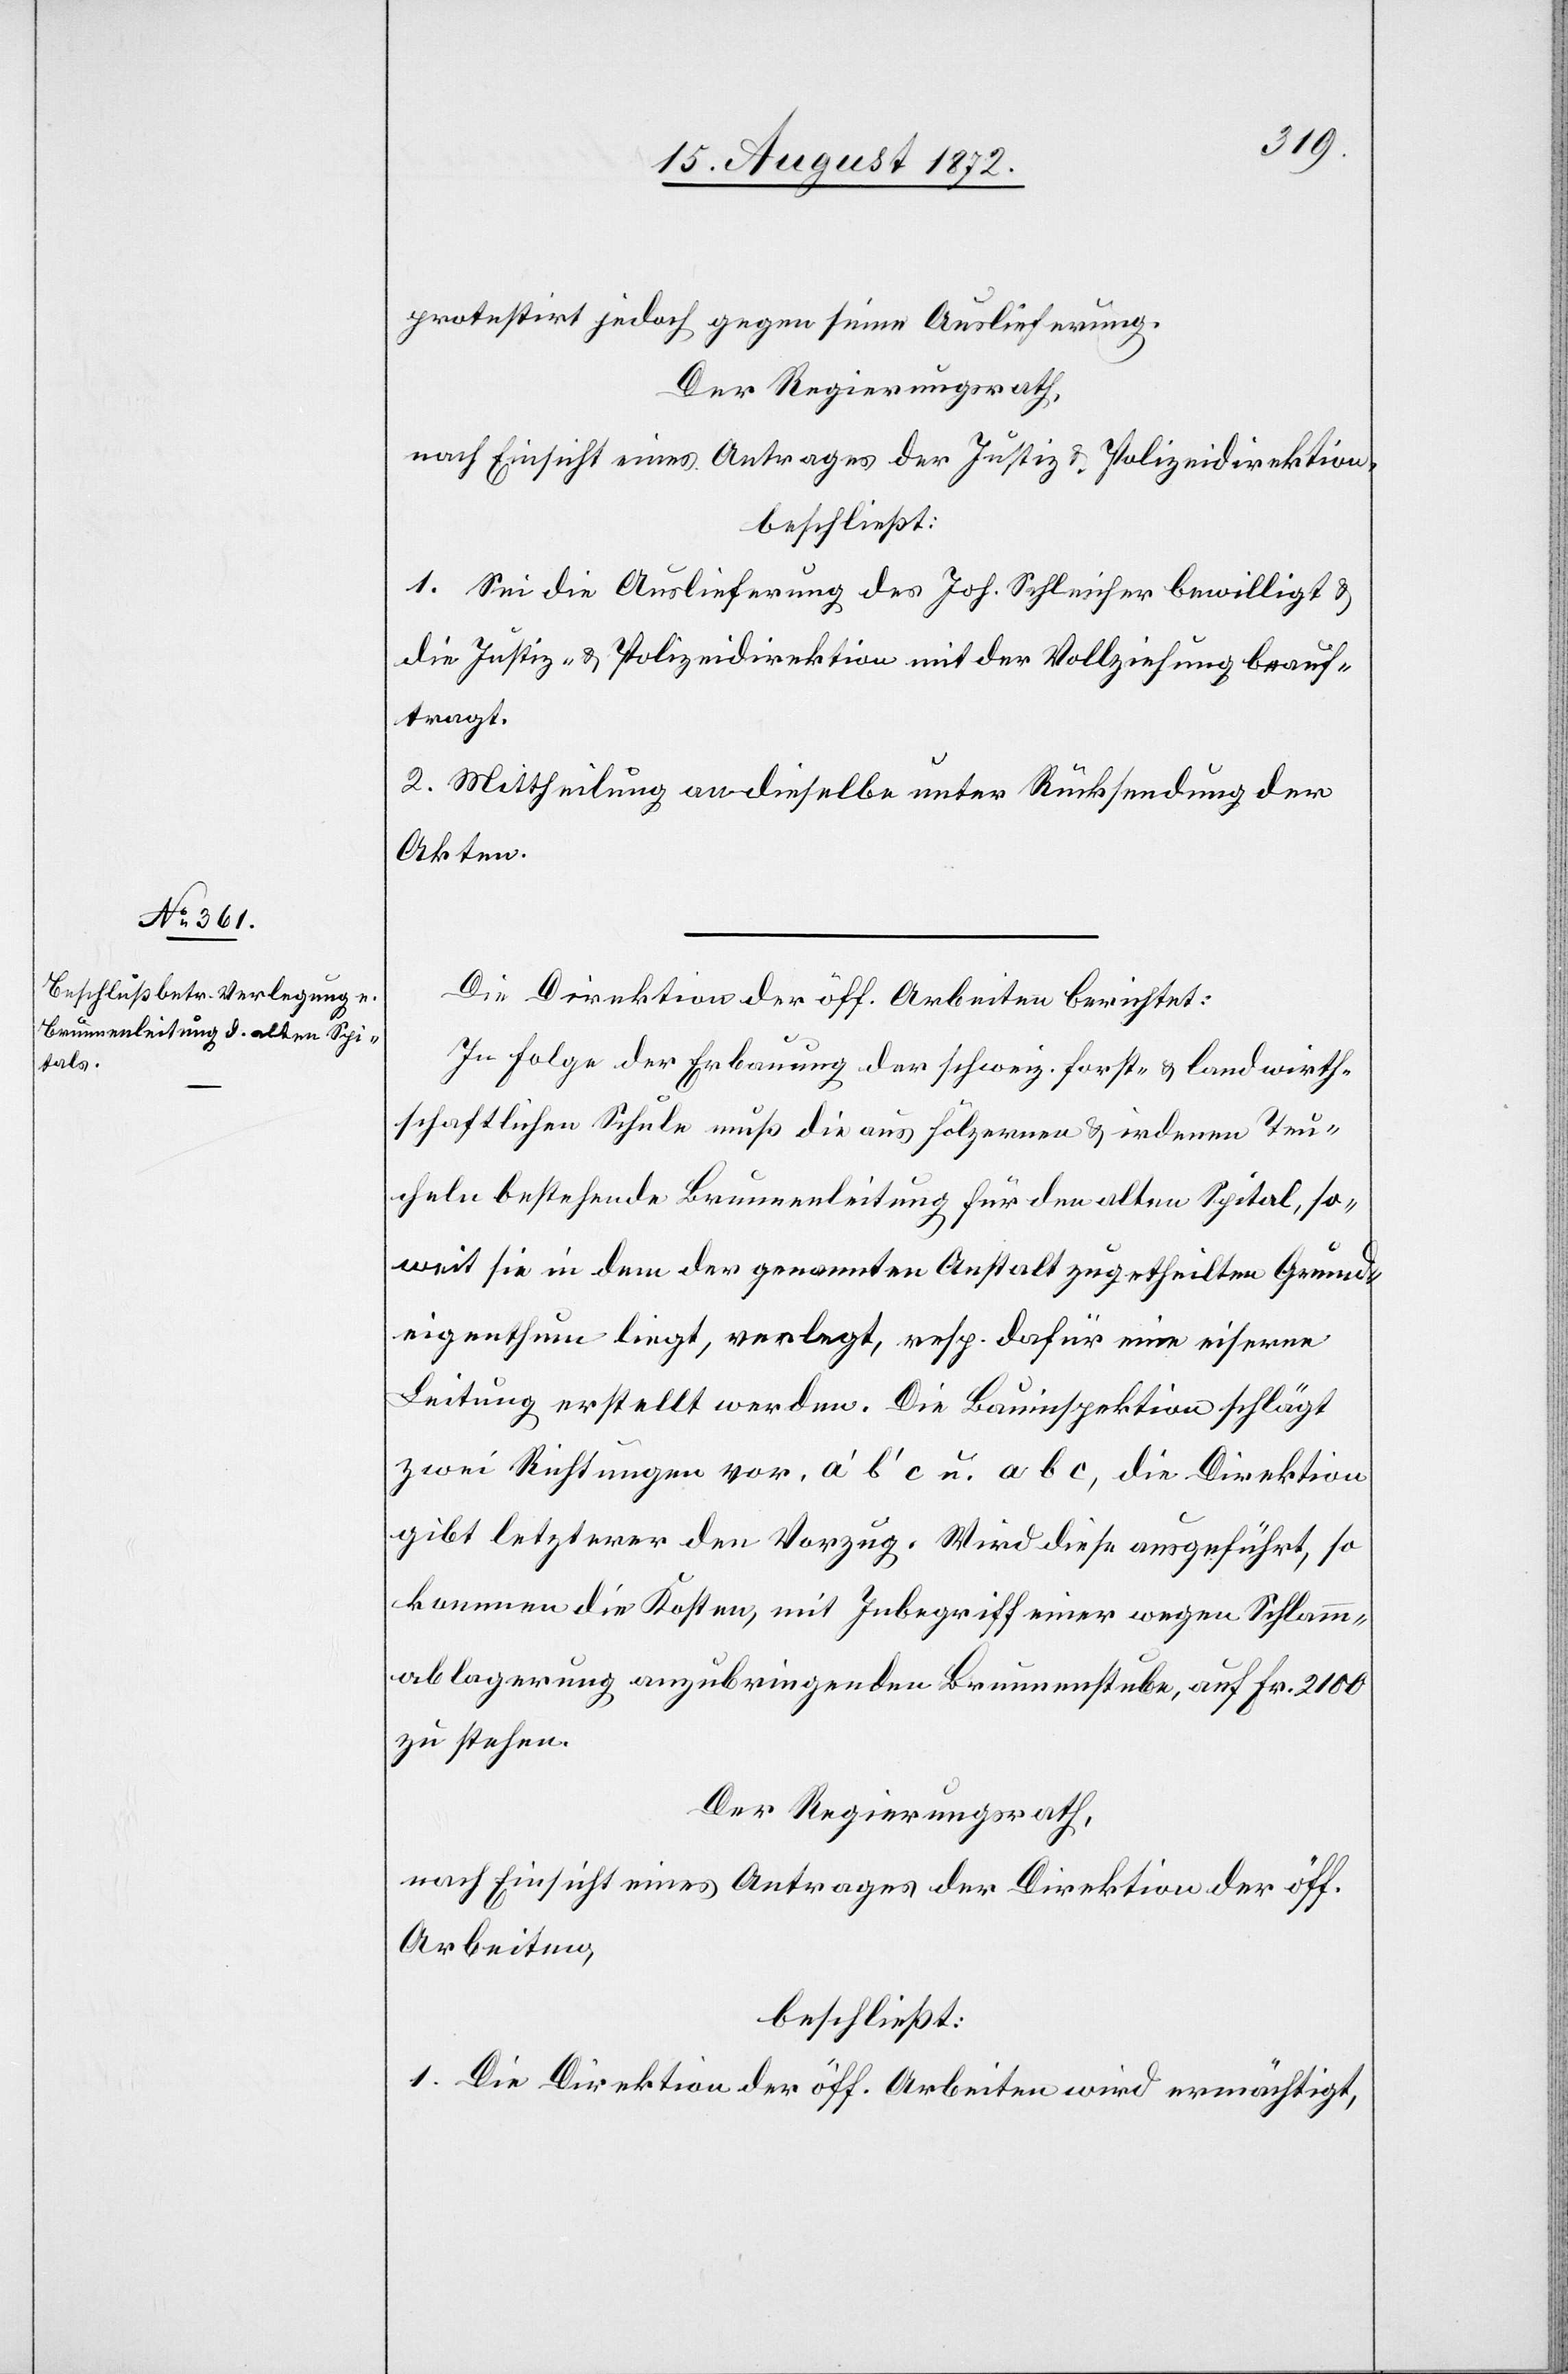
protestirt jedoch gegen seine Auslieferung.
Der Regierungsrath,
nach Einsicht eines Antrages der Justiz- u. Polizeidirektion,
beschließt:
1. Sei die Auslieferung des Joh. Schleicher bewilligt u.
die Justiz- u. Polizeidirektion mit der Vollziehung beauf¬
tragt.
2. Mittheilung an dieselbe unter Rücksendung der
Akten.
Die Direktion der öff. Arbeiten berichtet:
In Folge der Erbauung der schweiz. forst- u. landwirth¬
schaftlichen Schule muß die aus hölzernen u. irdenen Teu¬
cheln bestehende Brunnenleitung für den alten Spital, so¬
weit sie in dem der genannten Anstalt zugetheilten Grund¬
eigenthum liegt, verlegt, resp. dafür eine eiserne
Leitung erstellt werden. Die Bauinspektion schlägt
zwei Richtungen vor, a’ b’ c u. a b c, die Direktion
gibt letzterer den Vorzug. Wird diese ausgeführt, so
kommen die Kosten, mit Inbegriff einer wegen Schlam¬
mablagerung anzubringenden Brunnenstube, auf Fr. 2100
zu stehen.
Der Regierungsrath,
nach Einsicht eines Antrages der Direktion der öff.
Arbeiten,
beschließt:
1. Die Direktion der öff. Arbeiten wird ermächtigt,